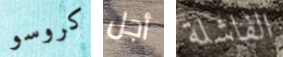
كروسو أجل الفاشلة